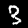
Digit: 3